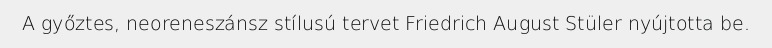
A győztes, neoreneszánsz stílusú tervet Friedrich August Stüler nyújtotta be.